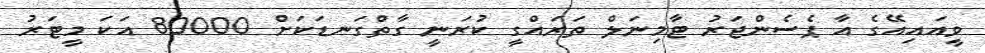
ވީއައިއޭގެ އާ ޕެސެންޖަރު ޓާމިނަލް ތަރައްގީ ކުރަނީ ގާތްގަނޑަކަށް 80000 އަކަ މީޓަރު